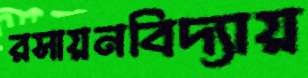
রসায়নবিদ্যায়